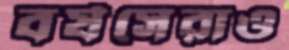
বর্ষসেরাও